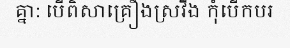
គ្នា: បើពិសាគ្រឿងស្រវឹង កុំបើកបរ